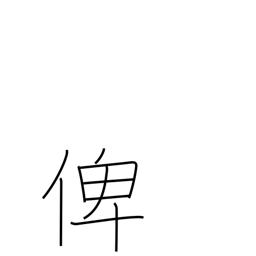
Meaning: tutor